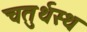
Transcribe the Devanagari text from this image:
चतुर्थस्थ